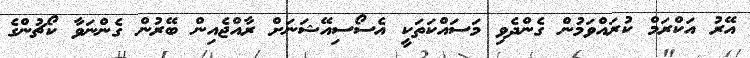
އޭރު އަކްރަމް ކުރައްވަމުން ގެންދެވި މަސައްކަތަކީ އެސޯސިއޭޝަނަށް ރާއްޖެއިން ބޭރުން ގެންނަވާ ކޯޗުންގެ